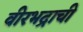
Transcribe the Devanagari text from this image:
वीरभद्राची